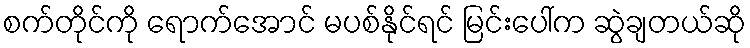
စက်တိုင်ကို ရောက်အောင် မပစ်နိုင်ရင် မြင်းပေါ်က ဆွဲချတယ်ဆို